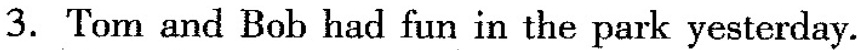
3.Tom and Bob had fun in the park